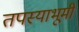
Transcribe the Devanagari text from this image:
तपस्याभूमी